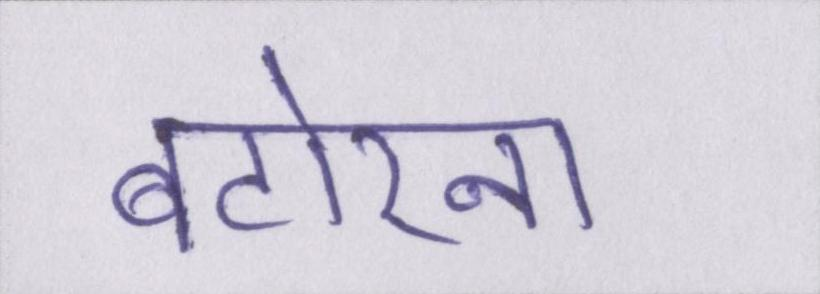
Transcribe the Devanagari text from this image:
बटोरना